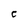
Character: C